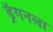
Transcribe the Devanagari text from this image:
ड्रॅगनला